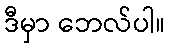
ဒီမှာ ဘေလ်ပါ။